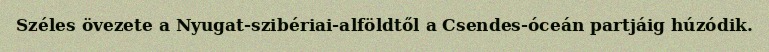
Széles övezete a Nyugat-szibériai-alföldtől a Csendes-óceán partjáig húzódik.